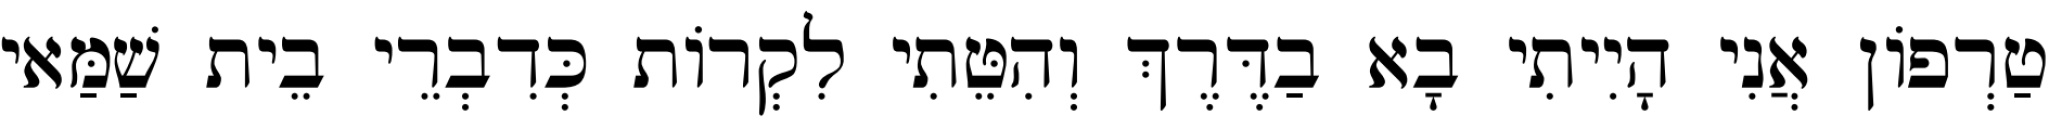
טַרְפוֹן אֲנִי הָיִיתִי בָא בַדֶּרֶךְ וְהִטֵּתִי לִקְרוֹת כְּדִבְרֵי בֵית שַׁמַּאי